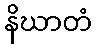
နိဃာတံ